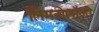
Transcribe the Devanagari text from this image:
लिमनोलॉजी